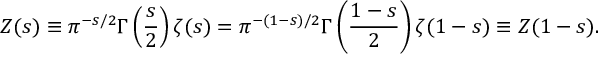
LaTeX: Z ( s ) \equiv \pi ^ { - s / 2 } \Gamma \left( \frac { s } { 2 } \right) \zeta ( s ) = \pi ^ { - ( 1 - s ) / 2 } \Gamma \left( \frac { 1 - s } { 2 } \right) \zeta ( 1 - s ) \equiv Z ( 1 - s ) .